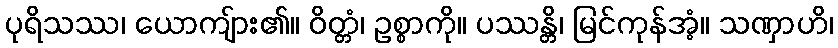
ပုရိသဿ၊ ယောကျ်ား၏။ ဝိတ္တံ၊ ဥစ္စာကို။ ပဿန္တိ၊ မြင်ကုန်အံ့။ သဏှာဟိ၊